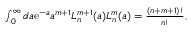
\begin{array} { r } { \int _ { 0 } ^ { \infty } d a \mathrm { e } ^ { - a } a ^ { m + 1 } L _ { n } ^ { m + 1 } ( a ) L _ { n } ^ { m } ( a ) = \frac { ( n + m + 1 ) ! } { n ! } , } \end{array}